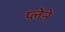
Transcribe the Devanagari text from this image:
प्लेने